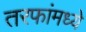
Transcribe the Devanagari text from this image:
तरफांमध्ये